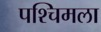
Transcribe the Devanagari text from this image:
पश्‍चिमला